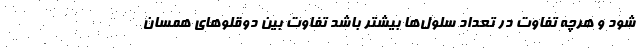
شود و هرچه تفاوت در تعداد سلول‌ها بیشتر باشد تفاوت بین دوقلو‌های همسان